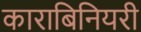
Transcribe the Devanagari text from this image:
काराबिनियरी